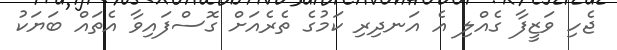
ޖެހި ވަޒީފާ ގެއްލި އެ އަނދިރި ކަމުގެ ތެރެއަށް ގޮސްފައިވާ އެތައް ބަޔަކު